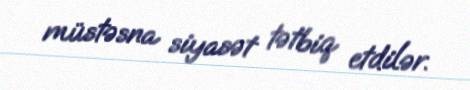
müstəsna siyasət tətbiq etdilər.